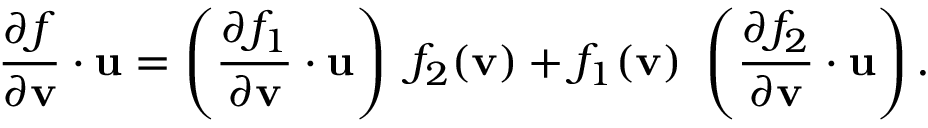
{ \frac { \partial f } { \partial \mathbf { v } } } \cdot \mathbf { u } = \left( { \frac { \partial f _ { 1 } } { \partial \mathbf { v } } } \cdot \mathbf { u } \right) ~ f _ { 2 } ( \mathbf { v } ) + f _ { 1 } ( \mathbf { v } ) ~ \left( { \frac { \partial f _ { 2 } } { \partial \mathbf { v } } } \cdot \mathbf { u } \right) .